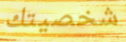
شخصيتك